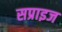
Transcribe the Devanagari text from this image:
सप्राइज